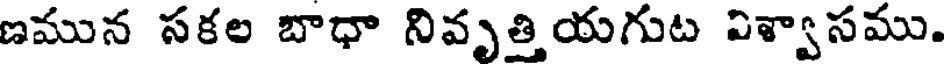
ణమున సకల బాధా నివృత్తియగుట విశ్వాసము.